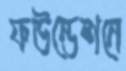
ফউন্ডেশনে